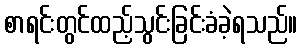
စာရင်းတွင်ထည့်သွင်းခြင်းခံခဲ့ရသည်။